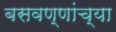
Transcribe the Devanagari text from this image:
बसवण्णांच्या